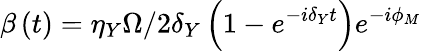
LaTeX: \beta\left(t\right)=\eta_{Y}\Omega/2\delta_{Y}\left(1-e^{-i\delta_{Y}t}\right)e^{-i\phi_{M}}